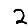
Digit: 2